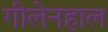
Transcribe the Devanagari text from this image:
गीलेनहाल